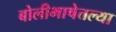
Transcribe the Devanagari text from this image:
बोलीभाषेतल्या